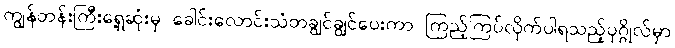
ကျွန်တန်းကြီးရှေ့ဆုံးမှ ခေါင်းလောင်းသံတချွင်ချွင်ပေးကာ ကြည့်ကြပ်လိုက်ပါရသည့်ပုဂ္ဂိုလ်မှာ